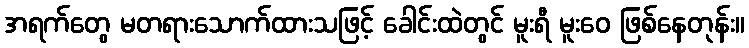
အရက်တွေ မတရားသောက်ထားသဖြင့် ခေါင်းထဲတွင် မူးရီ မူးဝေ ဖြစ်နေတုန်း။